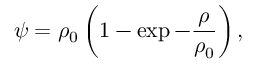
\psi = \rho _ { 0 } \left( 1 - \exp - \frac { \rho } { \rho _ { 0 } } \right) ,